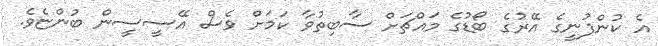
އެ ކުންފުނީގެ އޭރުގެ ބޯޑުގެ މައްޗަށް ސާބިތުވާ ކަމަށް ވެސް އޭސީސީން ބުންޏެވެ.